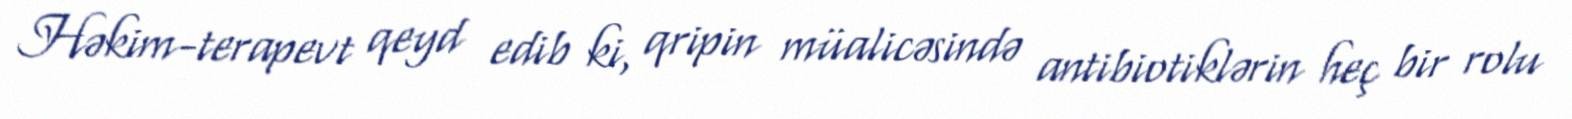
Həkim-terapevt qeyd edib ki, qripin müalicəsində antibiotiklərin heç bir rolu